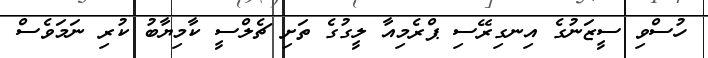
ހުސްވި ސީޒަނުގެ އިނގިރޭސި ޕްރެމިއާ ލީގުގެ ތަށި ޗެލްސީ ކާމިޔާބު ކުރި ނަމަވެސް